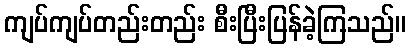
ကျပ်ကျပ်တည်းတည်း စီးပြီးပြန်ခဲ့ကြသည်။